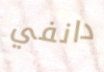
دانفي